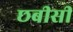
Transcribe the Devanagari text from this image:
छबीसी